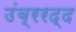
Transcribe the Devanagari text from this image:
उंब्ररद्द